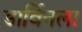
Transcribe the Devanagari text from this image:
डार्विनला